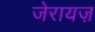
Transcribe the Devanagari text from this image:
जेरायज़